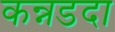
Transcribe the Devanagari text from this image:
कन्नडदा